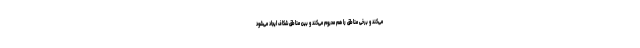
می‌کند و برخی مناطق را هم محروم می‌کند و بین مناطق شکاف ایجاد می‌شود